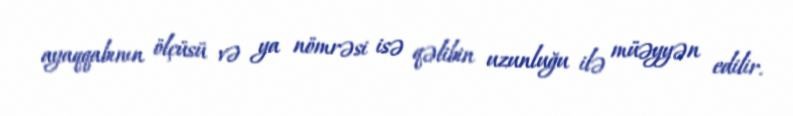
ayaqqabının ölçüsü və ya nömrəsi isə qəlibin uzunluğu ilə müəyyən edilir.